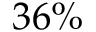
3 6 \%